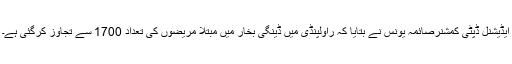
ایڈیشنل ڈپٹی کمشنرصائمہ یونس نے بتایا کہ راولپنڈی میں ڈینگی بخار میں مبتلا مریضوں کی تعداد 1700 سے تجاوز کرگئی ہے۔